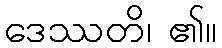
ဒေဿတိ၊ ၏။